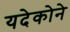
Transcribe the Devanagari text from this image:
यदेकोने